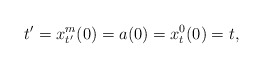
\begin{align*}t'=x_{t'}^m(0)=a(0)=x_{t}^0(0)=t,\end{align*}